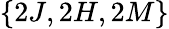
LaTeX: \{ 2J,2H,2M\}